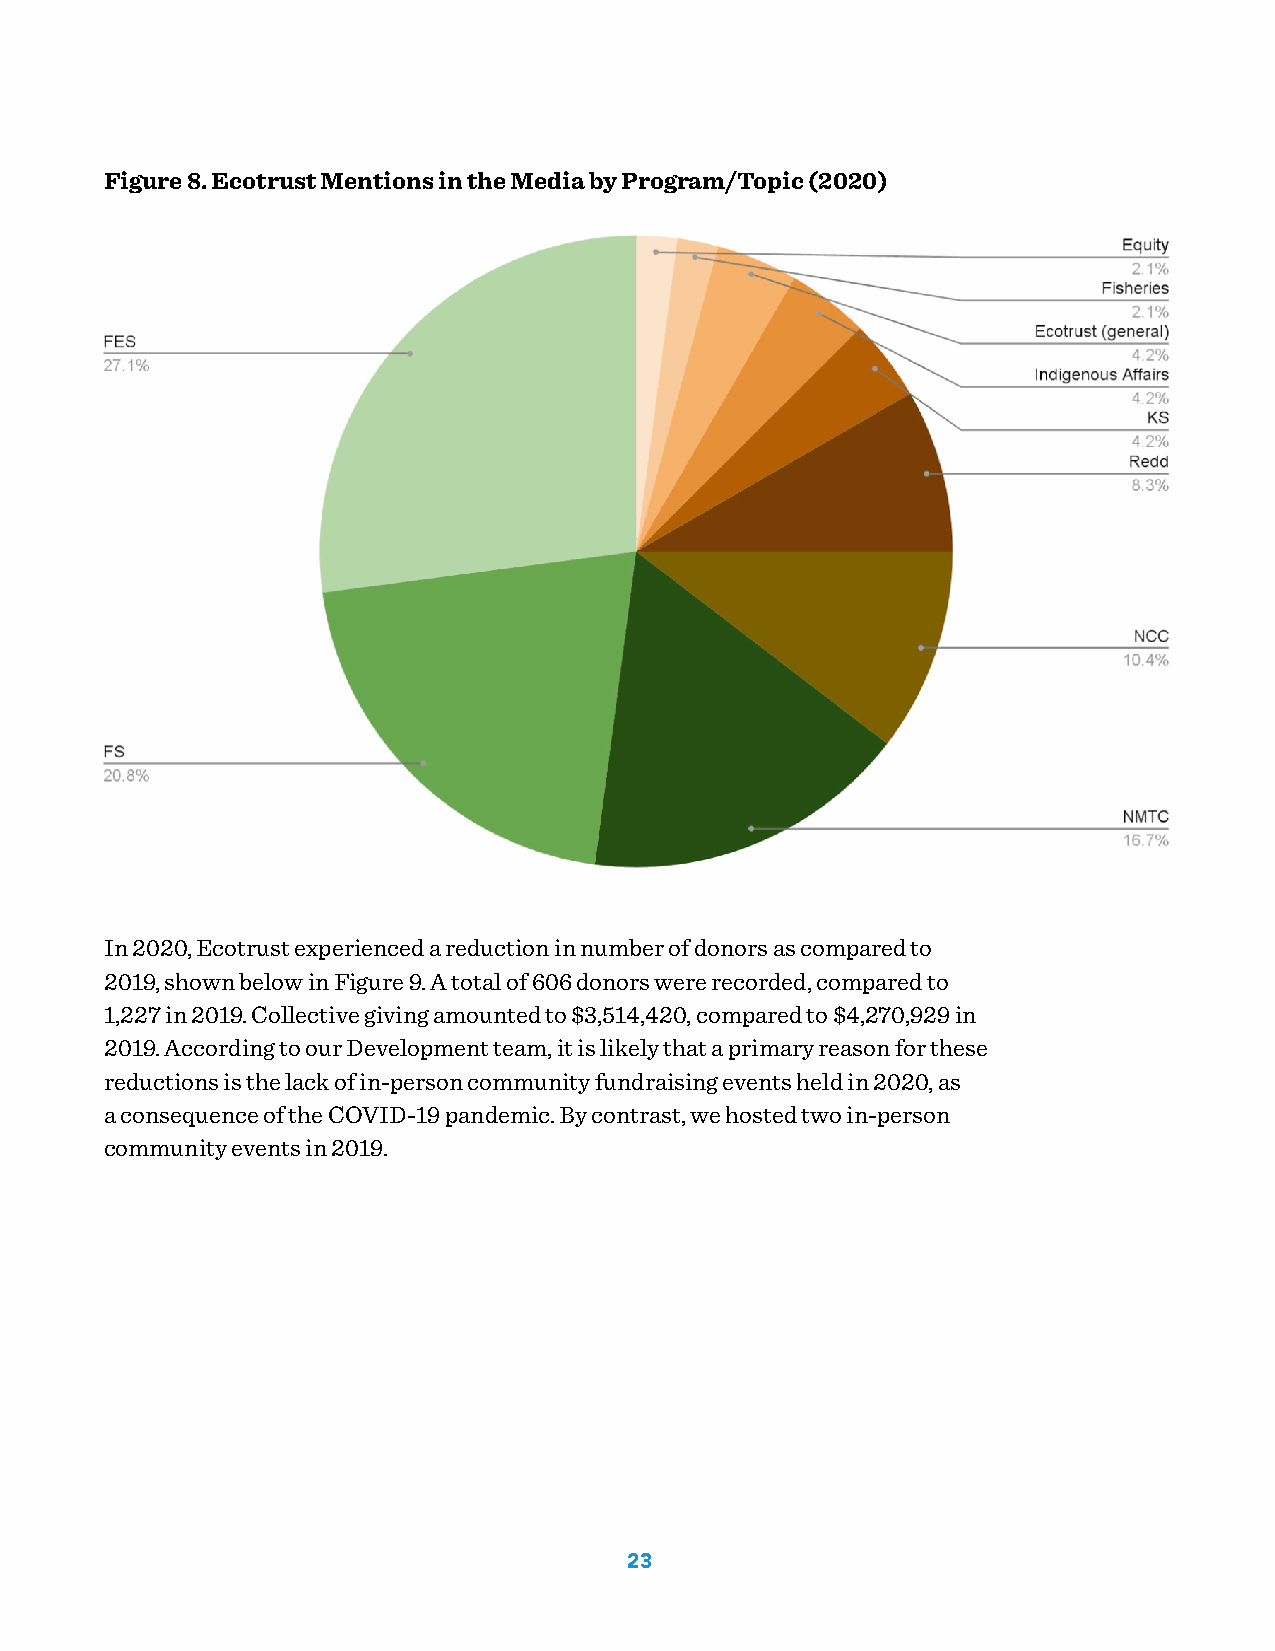
Figure 8. Ecotrust Mentions in the Media by Program/Topic (2020)
 In 2020, Ecotrust experienced a reduction in number of donors as compared to
 2019, shown below in Figure 9. A total of 606 donors were recorded, compared to
 1,227 in 2019. Collective giving amounted to $3,514,420, compared to $4,270,929 in
 2019. According to our Development team, it is likely that a primary reason for these
 reductions is the lack of in-person community fundraising events held in 2020, as
 a consequence of the COVID-19 pandemic. By contrast, we hosted two in-person
 community events in 2019.
 23